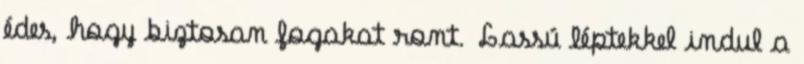
édes, hogy biztosan fogakat ront. Lassú léptekkel indul a